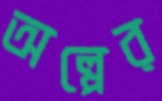
অল্পের